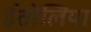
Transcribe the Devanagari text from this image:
ईतोलिया